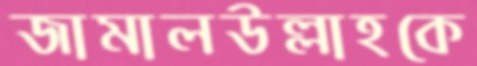
জামালউল্লাহকে